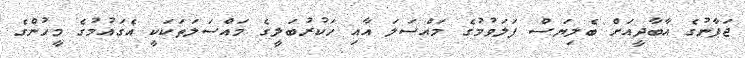
ޖަޕާނުގެ އާބާދީއަށް ބެލިޔަސް ފަލަވުމުގެ މައްސަލަ އާއި ހަކުރުބަލީގެ މައްސަލަތަކަކީ އެގައުމުގެ މީހުންގެ